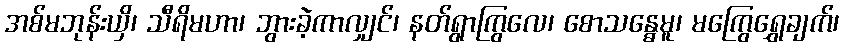
အစ်မဘုန်းယှိ၊ သီရိမဟာ၊ ဘွားခဲ့ကာလျှင်၊ နတ်ရွာကြွလေ၊ စောသန္ဓေမူ၊ မကြွေရွှေချက်၊